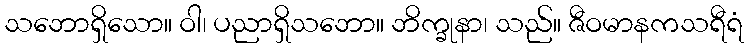
သဘောရှိသော။ ဝါ၊ ပညာရှိသဘော။ ဘိက္ခုနာ၊ သည်။ ဇီဝမာနကသရီရံ